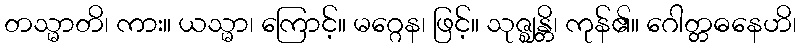
တသ္မာတိ၊ ကား။ ယသ္မာ၊ ကြောင့်။ မဂ္ဂေန၊ ဖြင့်။ သုဇ္ဈန္တိ၊ ကုန်၏။ ဂေါတ္တဓနေဟိ၊